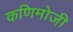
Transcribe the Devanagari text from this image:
कणिमोजी